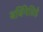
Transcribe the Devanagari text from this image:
बर्बिनेसिई